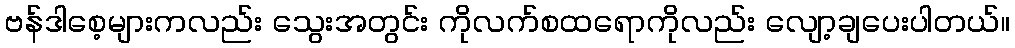
ဗန်ဒါစေ့များကလည်း သွေးအတွင်း ကိုလက်စထရောကိုလည်း လျော့ချပေးပါတယ်။